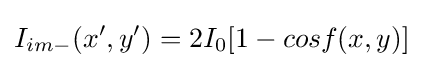
I_{im-}(x',y')=2I_{0}[1-cosf(x,y)]